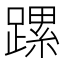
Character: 𨄱